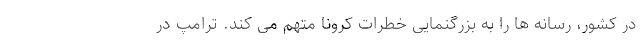
در کشور، رسانه ها را به بزرگنمایی خطرات کرونا متهم می کند. ترامپ در